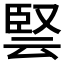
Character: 𭆳